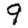
Digit: 9